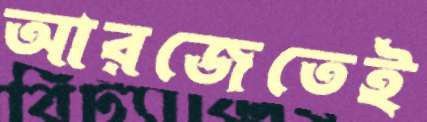
আরজেতেই